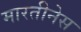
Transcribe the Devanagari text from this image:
मारतीनेस